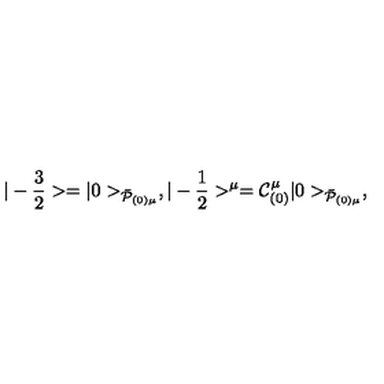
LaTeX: | - { \frac { 3 } { 2 } } > = | 0 > _ { { \bar { \cal P } } _ { ( 0 ) \mu } } , | - { \frac { 1 } { 2 } } > ^ { \mu } = { \cal C } _ { ( 0 ) } ^ { \mu } | 0 > _ { \bar { \cal P } _ { ( 0 ) \mu } } ,